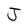
Character: J